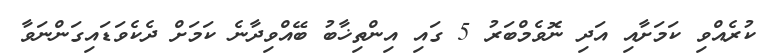
ކުރެއްވި ކަމަށާއި އަދި ނޮވެމްބަރު 5 ގައި އިންތިޚާބު ބޭއްވިދާނެ ކަމަށް ދެކެވަޑައިގަންނަވާ